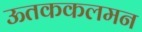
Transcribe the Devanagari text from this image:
ऊतककलमन